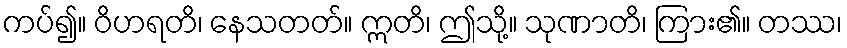
ကပ်၍။ ဝိဟရတိ၊ နေသတတ်။ ဣတိ၊ ဤသို့။ သုဏာတိ၊ ကြား၏။ တဿ၊